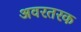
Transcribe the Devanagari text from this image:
अवरतरक